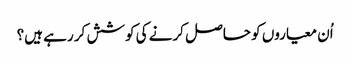
اُن معیاروں کو حاصل کرنے کی کوشش کر رہے ہیں؟